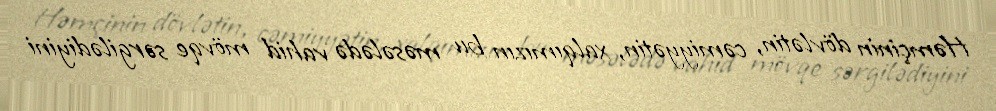
Həmçinin dövlətin, cəmiyyətin, xalqımızın bu məsələdə vahid mövqe sərgilədiyini